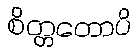
စိတ္တတောပိ